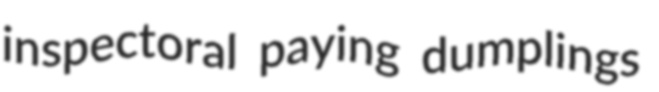
inspectoral paying dumplings